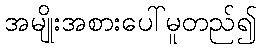
အမျိုးအစားပေါ်မူတည်၍